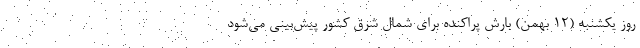
روز یکشنبه (۱۲ بهمن) بارش پراکنده برای شمال شرق کشور پیش‌بینی می‌شود